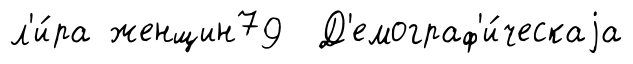
л'и́ра женщин79 Д'емограф'и́ческаjа